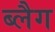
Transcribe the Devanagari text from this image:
ब्लैग